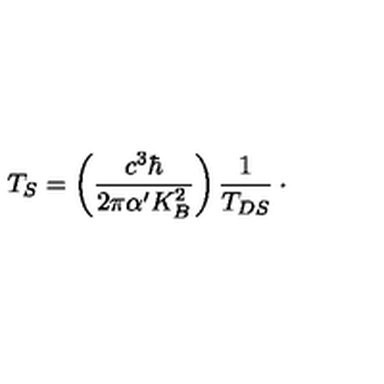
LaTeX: T _ { S } = \left( \frac { c ^ { 3 } \hbar } { 2 \pi \alpha ^ { \prime } K _ { B } ^ { 2 } } \right) \frac { 1 } { T _ { D S } } \: \cdot